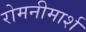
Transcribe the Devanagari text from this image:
रोमनीमार्श